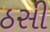
ઠસી